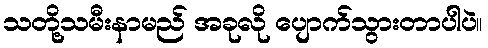
သတို့သမီးနာမည် အခုလို ပျောက်သွားတာပါပဲ။